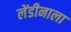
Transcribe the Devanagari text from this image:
लेंडीनाला